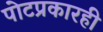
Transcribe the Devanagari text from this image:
पोटप्रकारही